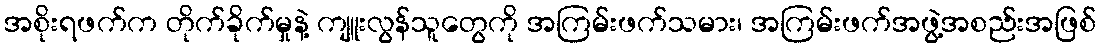
အစိုးရဖက်က တိုက်ခိုက်မှုနဲ့ ကျူးလွန်သူတွေကို အကြမ်းဖက်သမား၊ အကြမ်းဖက်အဖွဲ့အစည်းအဖြစ်